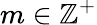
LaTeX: m\in\mathbb{Z}^{+}